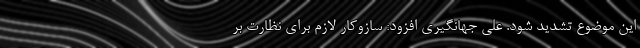
این موضوع تشدید شود. علی جهانگیری افزود: سازوکار لازم برای نظارت بر